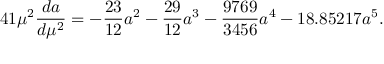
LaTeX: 4 1 \mu ^ { 2 } \frac { d a } { d \mu ^ { 2 } } = - \frac { 2 3 } { 1 2 } a ^ { 2 } - \frac { 2 9 } { 1 2 } a ^ { 3 } - \frac { 9 7 6 9 } { 3 4 5 6 } a ^ { 4 } - 1 8 . 8 5 2 1 7 a ^ { 5 } .